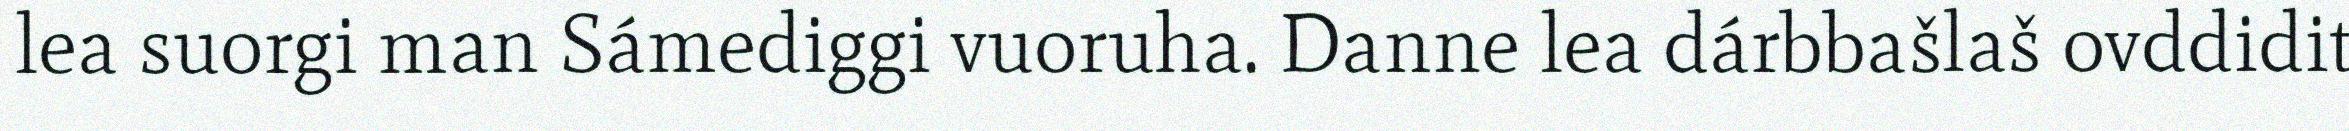
lea suorgi man Sámediggi vuoruha. Danne lea dárbbašlaš ovddidit